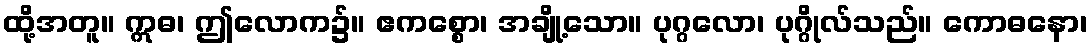
ထို့အတူ။ ဣဓ၊ ဤလောက၌။ ဧကစ္စော၊ အချို့သော။ ပုဂ္ဂလော၊ ပုဂ္ဂိုလ်သည်။ ကောဓနော၊